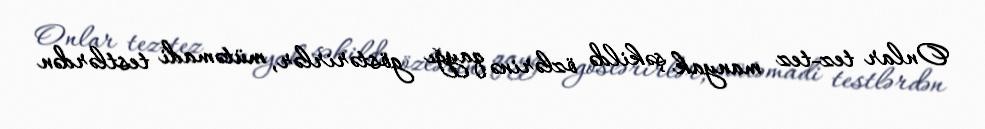
Onlar tez-tez manyak şəkildə özlərinə qayğı göstərirlər, mütəmadi testlərdən